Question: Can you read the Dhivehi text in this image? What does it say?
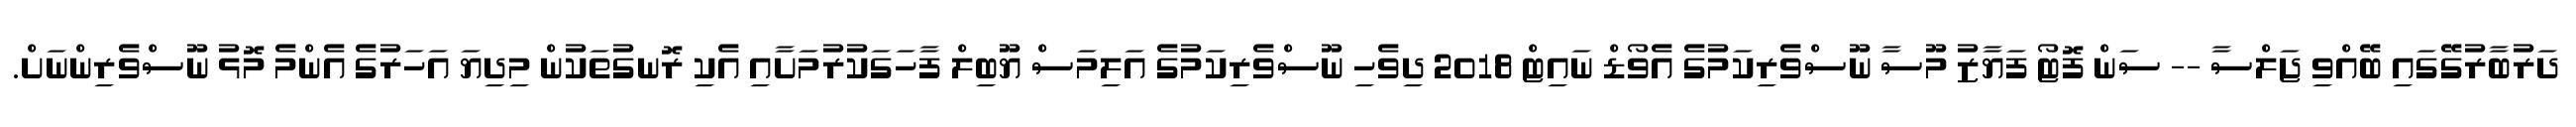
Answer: ދަރުބާރުގޭގައި ބޭއްވި ޖަލްސާ -- ސަން ފޮޓޯ ފަޔާޒު މޫސާ ނޫސްވެރިކަމުގެ އެވޯޑް ނައިޓް 2018 ދިވެހި ނޫސްވެރިކަމުގެ އަލިމަސް ޔޫބިލް ފާހަގަކުރުމަށާއި އެކި ރޮނގުތަކުން މިދިޔަ އަހަރުގެ އެންމެ މޮޅު ނޫސްވެރިންނަށް.